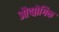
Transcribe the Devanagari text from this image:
औद्मोगिक